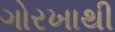
ગોરખાથી